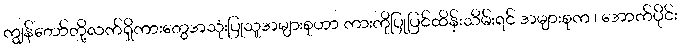
ကျွန်တော်တို့လက်ရှိကားတွေအသုံးပြုသူအများစုဟာ ကားကိုပြုပြင်ထိန်းသိမ်းရင် အများစုက ၊ အောက်ပိုင်း